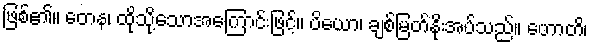
ဖြစ်၏။ တေန၊ ထိုသို့သောအကြောင်းဖြင့်။ ပိယော၊ ချစ်မြတ်နိုးအပ်သည်။ ဟောတိ၊